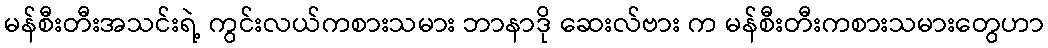
မန်စီးတီးအသင်းရဲ့ ကွင်းလယ်ကစားသမား ဘာနာဒို ဆေးလ်ဗား က မန်စီးတီးကစားသမားတွေဟာ